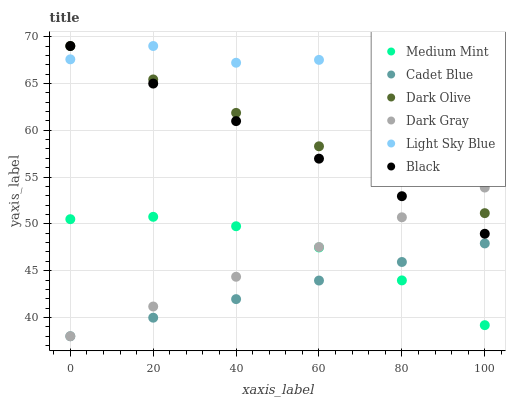
| xaxis_label | Medium Mint | Cadet Blue | Dark Olive | Dark Gray | Light Sky Blue | Black |
 | --- | --- | --- | --- | --- | --- | --- |
 | 0 | 50.5 | 38 | 69 | 38 | 67.6 | 69 |
 | 20 | 50.8 | 40 | 65.4 | 41.2 | 69 | 65 |
 | 40 | 49.8 | 42 | 61.9 | 44.4 | 67.2 | 61 |
 | 60 | 47.5 | 43.9 | 58.3 | 47.5 | 67.5 | 57 |
 | 80 | 44 | 45.9 | 54.7 | 50.7 | 67.9 | 53 |
 | 100 | 39.2 | 47.9 | 51.1 | 53.9 | 67.9 | 48.9 |